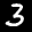
Label: 3